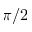
\pi / 2